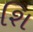
શિ